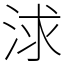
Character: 浗